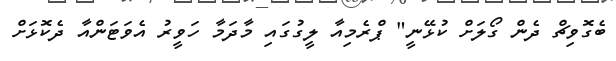
ބެގޮވިޗް ދެން ގޯލަށް ކުޅޭނީ" ޕްރެމިއާ ލީގުގައި މާދަމާ ހަވީރު އެވަޓަންއާ ދެކޮޅަށް